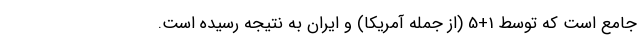
جامع است که توسط 1+5 (از جمله آمریکا) و ایران به نتیجه رسیده است.